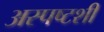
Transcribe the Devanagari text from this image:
अस्पष्टशी